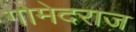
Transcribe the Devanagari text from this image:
गोमेदराज